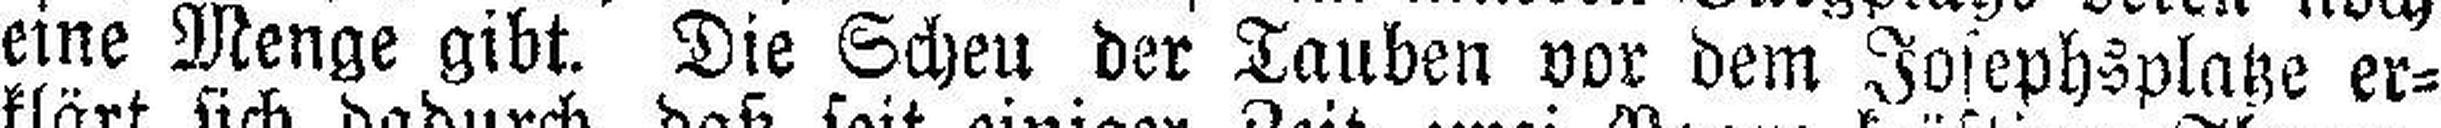
eine Menge gibt. Die Scheu der Tauben vor dem Josephsplatze er¬